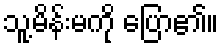
သူ့မိန်းမကို ပြော၏။